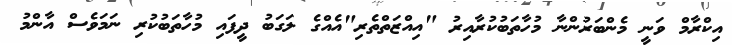
އިކްރާމް ވަނީ މެންބަރުންނާ މުހާތަބުކުރާއިރު "އިއްޒަތްތެރި"އެއްގެ ލަގަބު ދީފައި މުހާތަބުކުރި ނަމަވެސް އާންމު